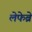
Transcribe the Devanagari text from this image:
लेफेब्रे